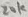
Text: 20K